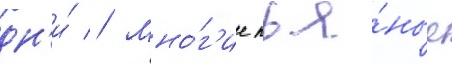
дн'и́ // Мно́г'ие пья́ные